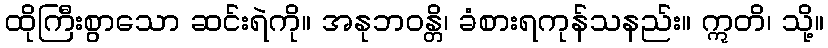
ထိုကြီးစွာသော ဆင်းရဲကို။ အနုဘဝန္တိ၊ ခံစားရကုန်သနည်း။ ဣတိ၊ သို့။